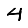
Digit: 4